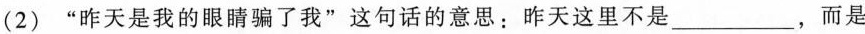
(2)”昨天是我的眼睛骗了我”这句话的意思：昨天这里不是___，而是